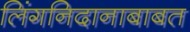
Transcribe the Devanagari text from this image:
लिंगनिदानाबाबत